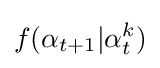
f(\alpha _{t+1}|\alpha _{t}^{k})